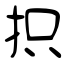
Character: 抧